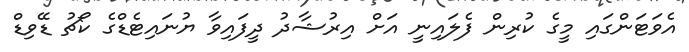
އެވަޓަންގައި މީގެ ކުރިން ފެލައިނީ އަށް އިރުޝާދު ދީފައިވާ ޔުނައިޓެޑްގެ ކޯޗު ޑޭވިޑް